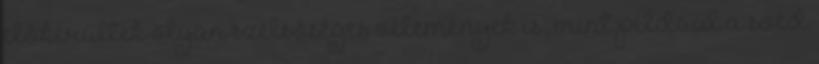
előkerültek olyan szélsőséges vélemények is, mint például a svéd